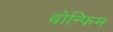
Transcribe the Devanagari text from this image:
बोन्फिम